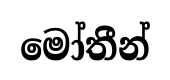
මෝතීන්